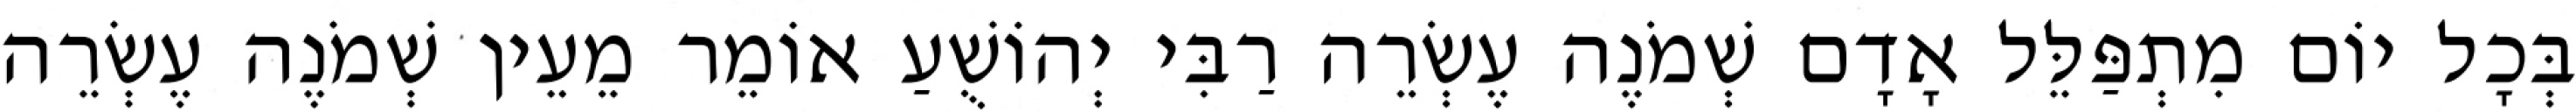
בְּכָל יוֹם מִתְפַּלֵּל אָדָם שְׁמֹנֶה עֶשְׂרֵה רַבִּי יְהוֹשֻׁעַ אוֹמֵר מֵעֵין שְׁמֹנֶה עֶשְׂרֵה